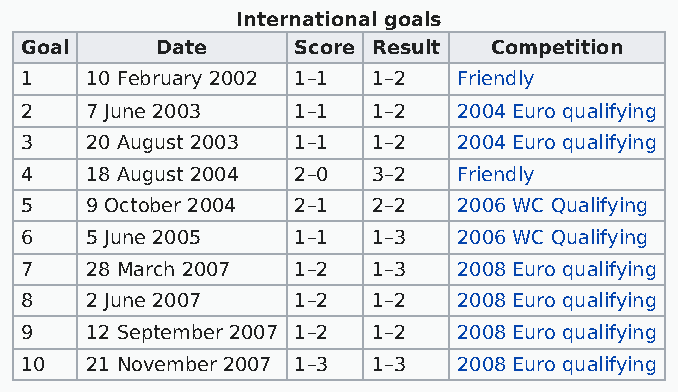
International goals
 Goal     Date     Score Result Competition
 1    10 February 2002 1–1 1–2 Friendly
 2    7 June 2003  1–1   1–2  2004 Euro qualifying
 3    20 August 2003 1–1 1–2  2004 Euro qualifying
 4    18 August 2004 2–0 3–2  Friendly
 5    9 October 2004 2–1 2–2  2006 WC Qualifying
 6    5 June 2005  1–1   1–3  2006 WC Qualifying
 7    28 March 2007 1–2  1–3  2008 Euro qualifying
 8    2 June 2007  1–2   1–2  2008 Euro qualifying
 9    12 September 2007 1–2 1–2 2008 Euro qualifying
 10   21 November 2007 1–3 1–3 2008 Euro qualifying